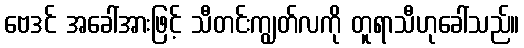
ဗေဒင် အခေါ်အားဖြင့် သီတင်းကျွတ်လကို တူရာသီဟုခေါ်သည်။